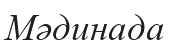
Мәдинада